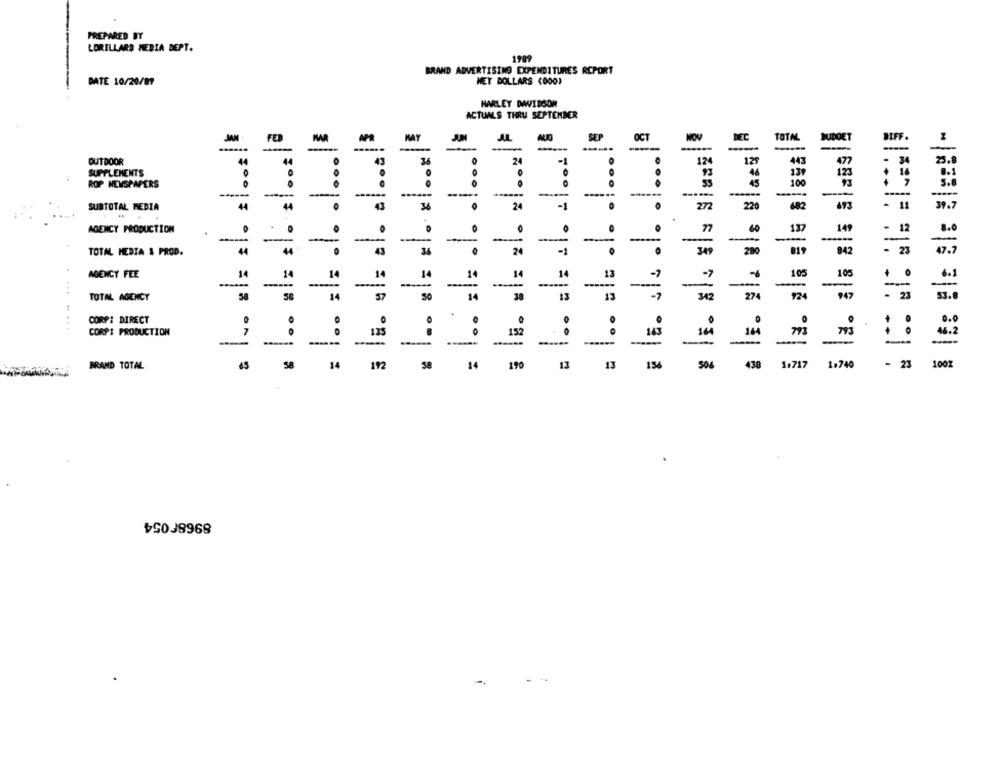
PREPARED BY
LORILLARD MEDIA DEPT.
1989
BRAND ADVERTISING EXPENDITURES REPORT
DATE 10/20/89
MET DOLLARS (000)
HARLEY DAVIDSON
ACTUALS THRU SEPTEMBER
JAN
MAR
MAY
JUN
AUG
SEP
OCT
MOV
DEC
TOTAL
MIDOET
BIFF.
------
-
OUTDOOR
44
43
2
124
12.
443
477
4
SUPPLEMENTS
.
46
123
ROP NEWSPAPERS
1.
1 .. .. ... ..
45
100
-----
------
-----
-
SUBTOTAL MEDIA
44
44
43
24
-1
272
220
482
493
- 11
39.
AGENCY PRODUCTION
.
77
60
137
149
- 12
-
-
-
-
-
TOTAL MEDIA & PROD.
43
34
2
-1
345
280
- 23
* | .. : :
.
=
47.1
AGENCY FEE
14
14
14
14
14
14
14
= 1 .. ..
-7
-6
105
105
+
6.1
-
-
---
-
-
TOTAL AGENCY
58
50
14
57
30
14
38
342
274
947
21
53.
CORPI DIRECT
.
CORPS PRODUCTION
152
163
164
793
793
-
-
-
-
BRAND TOTAL
45
58
14
192
58
14
190
156
506
438
1,717
1.740
- 23
1002
£
89686 054